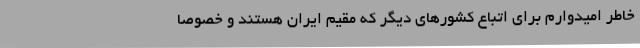
خاطر امیدوارم برای اتباع کشورهای دیگر که مقیم ایران هستند و خصوصا